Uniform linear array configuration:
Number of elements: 24
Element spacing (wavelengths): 0.75
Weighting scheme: uniform
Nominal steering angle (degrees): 30
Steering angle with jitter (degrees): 30.912
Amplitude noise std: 0.05
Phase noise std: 0.05

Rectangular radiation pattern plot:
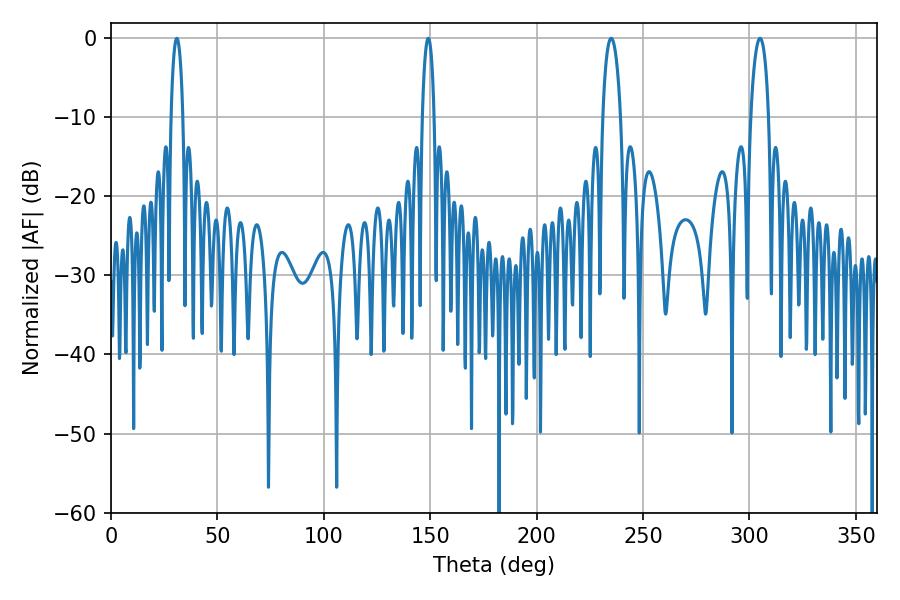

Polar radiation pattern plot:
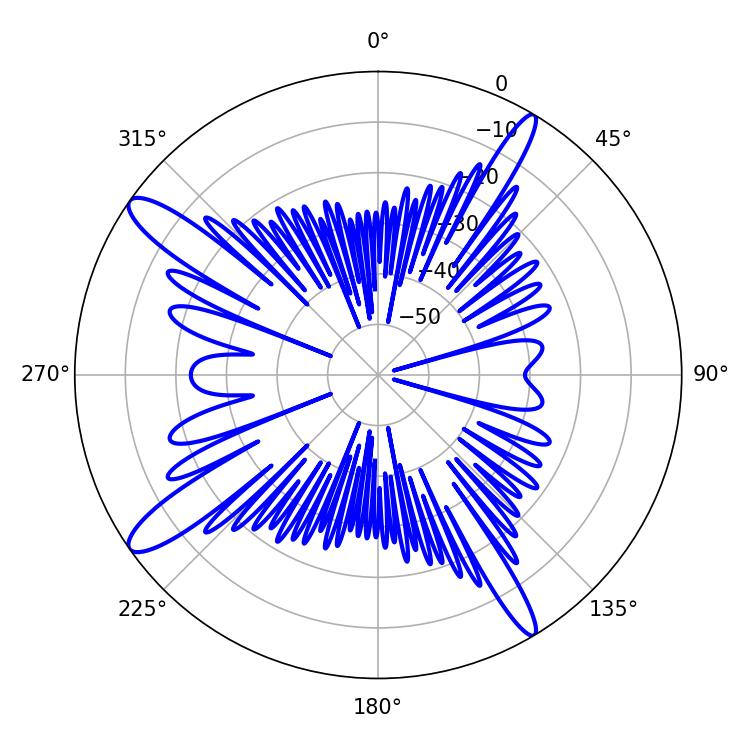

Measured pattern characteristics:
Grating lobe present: TRUE
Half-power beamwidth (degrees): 3.24
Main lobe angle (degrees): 149.04